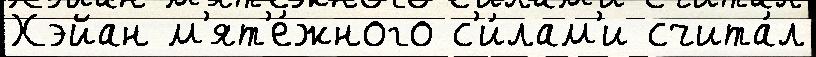
Хэйан м'ят'е́жного с'и́лам'и счита́л